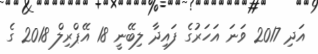
އަދި 2017 ވަނަ އަހަރުގެ ފައިދާ ލިބޭނީ 18 އޭޕްރިލް 2018 ގެ